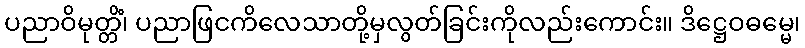
ပညာဝိမုတ္တိံ၊ ပညာဖြငကိလေသာတို့မှလွတ်ခြင်းကိုလည်းကောင်း။ ဒိဋ္ဌေဝဓမ္မေ၊